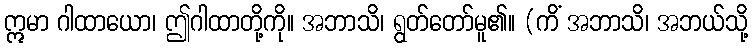
ဣမာ ဂါထာယော၊ ဤဂါထာတို့ကို။ အဘာသိ၊ ရွတ်တော်မူ၏။ (ကိံ အဘာသိ၊ အဘယ်သို့